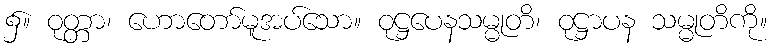
၌။ ဝုတ္တာ၊ ဟောတော်မူအပ်သော။ ဝုဋ္ဌပေနသမ္မုတိ၊ ဝုဋ္ဌာပန သမ္မုတိကို။